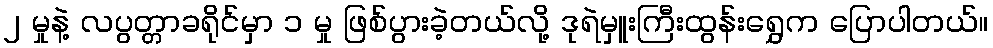
၂ မှုနဲ့ လပွတ္တာခရိုင်မှာ ၁ မှု ဖြစ်ပွားခဲ့တယ်လို့ ဒုရဲမှူးကြီးထွန်းရွှေက ပြောပါတယ်။